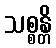
သစ္စန္တိ